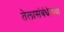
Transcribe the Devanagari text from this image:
तेलासंबंधीच्या